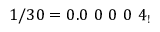
1 / 3 0 = 0 . 0 \ 0 \ 0 \ 0 \ 4 _ { ! }